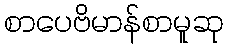
စာပေဗိမာန်စာမူဆု